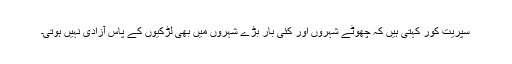
سپريت کور کہتی ہیں کہ چھوٹے شہروں اور کئی بار بڑے شہروں میں بھی لڑکیوں کے پاس آزادی نہیں ہوتی۔